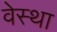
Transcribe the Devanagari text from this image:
वेस्था